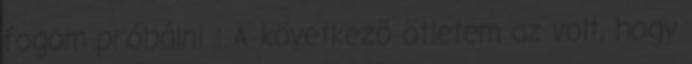
fogom próbálni : A következõ ötletem az volt, hogy